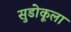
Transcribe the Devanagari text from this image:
सुडोकूला